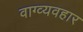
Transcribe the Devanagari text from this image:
वाग्व्यवहार